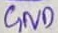
Text: GND